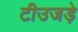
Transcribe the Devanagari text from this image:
टीउजड़े